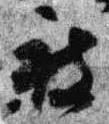
被